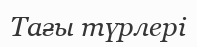
Тағы түрлері